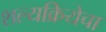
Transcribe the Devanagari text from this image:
शल्यक्रियेचा